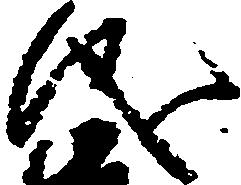
儀